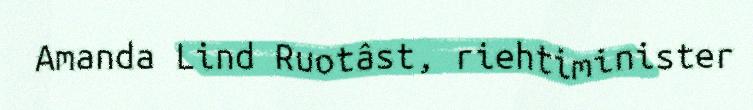
Amanda Lind Ruotâst, riehtiminister